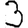
Digit: 3